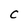
Character: C